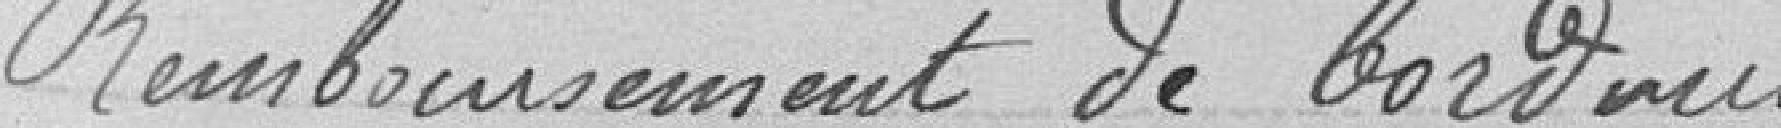
Remboursement de bordures